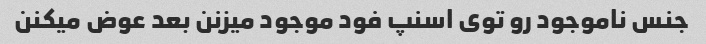
جنس ناموجود رو توی اسنپ فود موجود میزنن بعد عوض میکنن